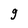
Character: g